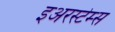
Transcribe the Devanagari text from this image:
इअरस्टेम्स